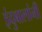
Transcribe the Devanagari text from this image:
इंदुबालांनी